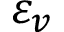
\varepsilon _ { v }